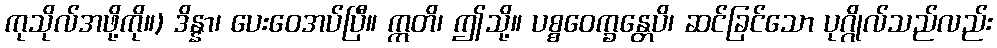
ကုသိုလ်အဖို့ကို။) ဒိန္နာ၊ ပေးဝေအပ်ပြီ။ ဣတိ၊ ဤသို့။ ပစ္စဝေက္ခန္တေပိ၊ ဆင်ခြင်သော ပုဂ္ဂိုလ်သည်လည်း